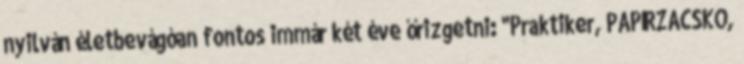
nyilván életbevágóan fontos immár két éve őrizgetni: "Praktiker, PAPÍRZACSKÓ,